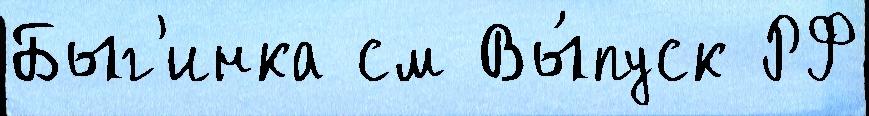
Быг'инка см Вы́пуск РФ